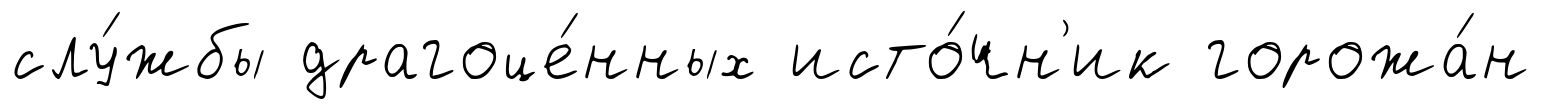
слу́жбы драгоце́нных исто́чн'ик горожа́н